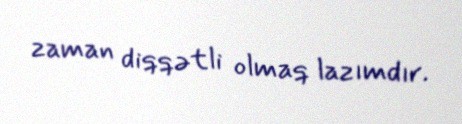
zaman diqqətli olmaq lazımdır.